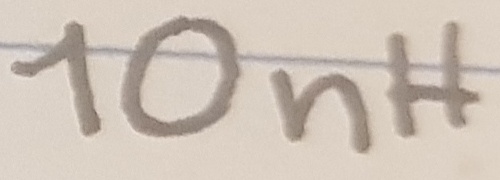
Text: 10nH